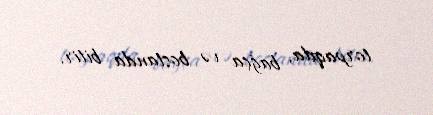
torpaqda, bağça və bostanda bitir.